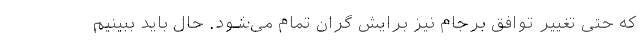
که حتی تغییر توافق برجام نیز برایش گران تمام می‌شود. حال باید ببینیم